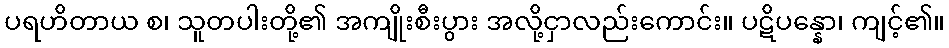
ပရဟိတာယ စ၊ သူတပါးတို့၏ အကျိုးစီးပွား အလို့ငှာလည်းကောင်း။ ပဋိပန္နော၊ ကျင့်၏။